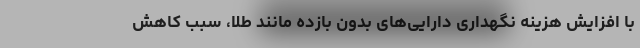
با افزایش هزینه نگهداری دارایی‌های بدون بازده مانند طلا، سبب کاهش